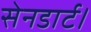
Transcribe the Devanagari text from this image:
सेनडार्ट।